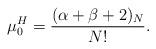
LaTeX: \begin{gather*}\mu_{0}^{H}=\frac{(\alpha+\beta+2)_{N}}{N!}.\end{gather*}